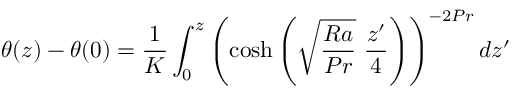
\theta ( z ) - \theta ( 0 ) = \frac { 1 } { K } \int _ { 0 } ^ { z } \left( \cosh { \left( \sqrt { \frac { R a } { P r } } \ \frac { z ^ { \prime } } { 4 } \right) } \right) ^ { - 2 P r } d z ^ { \prime }